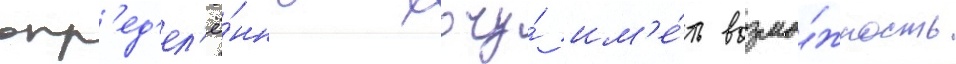
опр'ед'ел'ё́нно хочу́ им'е́ть возмо́жность